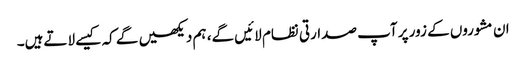
ان مشوروں کے زور پر آپ صدارتی نظام لائیں گے، ہم دیکھیں گے کہ کیسے لاتےہیں۔